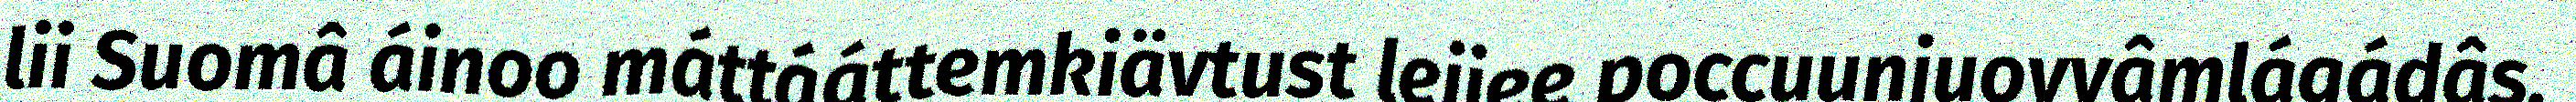
lii Suomâ áinoo máttááttemkiävtust leijee poccuunjuovvâmlágádâs.